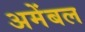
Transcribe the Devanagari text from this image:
अमेंबल